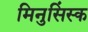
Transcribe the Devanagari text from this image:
मिनुसिंस्क